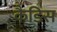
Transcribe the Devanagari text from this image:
कैडिस